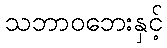
သဘာဝဘေးနှင့်